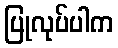
ပြုလုပ်ပါက